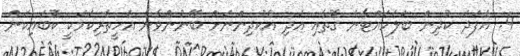
4. އެފަދަ ކުދިން ބަލަހައްޓާނެ ގޮތާއި އަދި އެކުދިންނަށް ބޭނުންވާނެ އެހީތެރިކަމަކީ ކޮބައިކަން